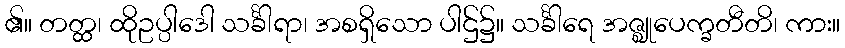
၏။ တတ္ထ၊ ထိုဥပ္ပါဒေါ သင်္ခါရာ၊ အစရှိသော ပါဌ်၌။ သင်္ခါရေ အဇ္ဈုပေက္ခတီတိ၊ ကား။